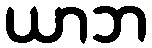
ယာဘ